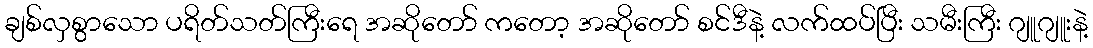
ချစ်လှစွာသော ပရိတ်သတ်ကြီးရေ အဆိုတော် ကတော့ အဆိုတော် စင်ဒီနဲ့ လက်ထပ်ပြီး သမီးကြီး ဂျူဂျူးနဲ့